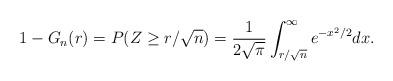
LaTeX: \begin{align*}1-G_n(r)=P(Z\geq r/\sqrt{n})=\frac{1}{2\sqrt{\pi}}\int_{r/\sqrt{n}}^{\infty}e^{-{x^2/2}}dx.\end{align*}